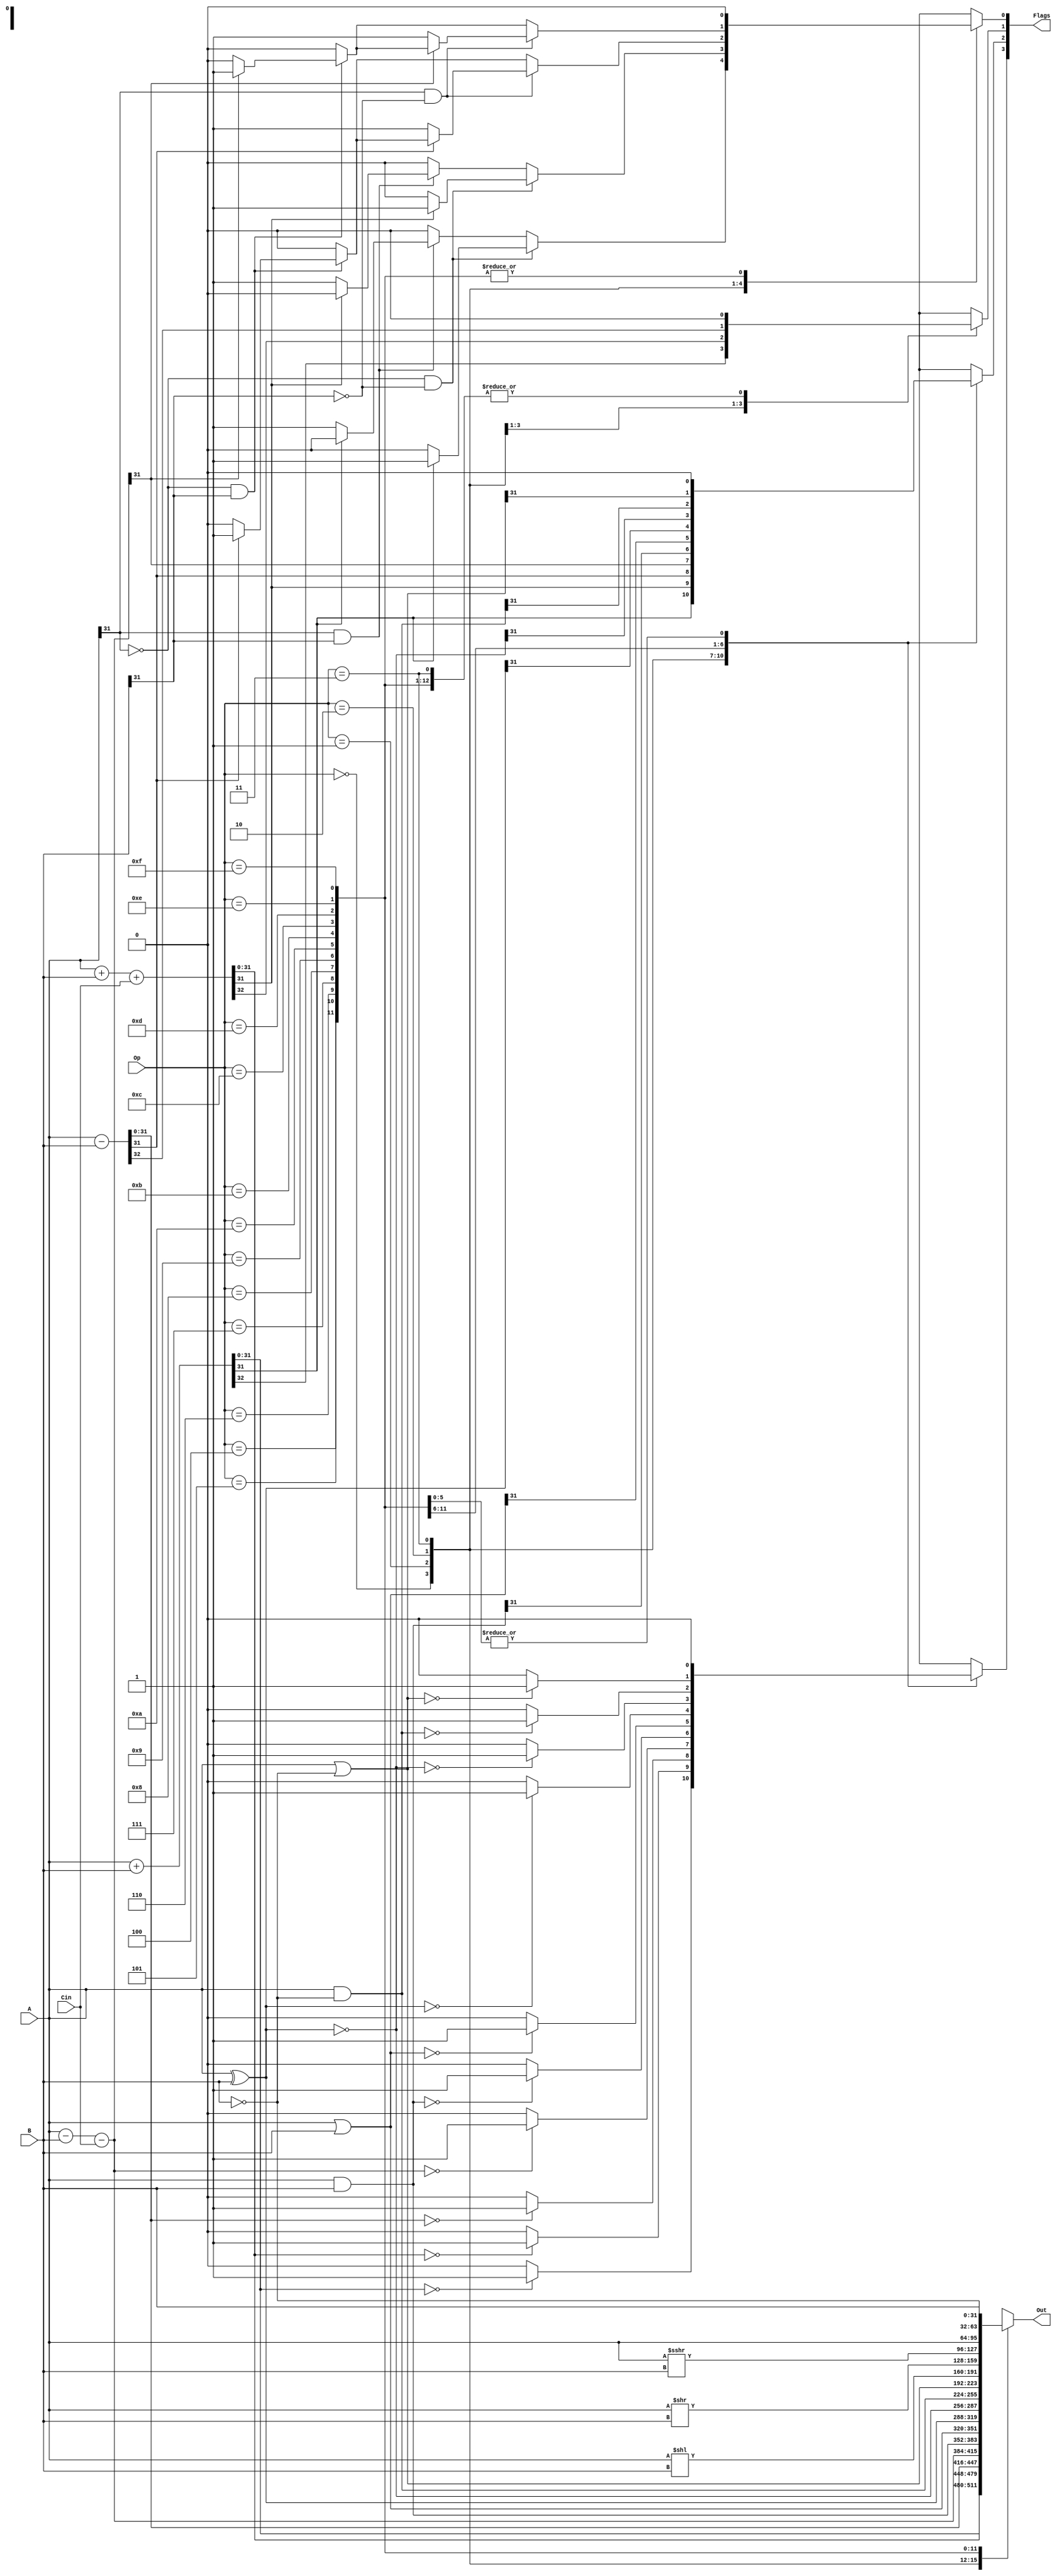
`timescale 1ns/1ns

// ALU Module
module ALU (output reg signed[31:0] Out, output reg[3:0] Flags, input[3:0] Op, input signed[31:0]A, B, input Cin);

    reg Carry;

    always @(Op, A, B, Cin)
    begin
        case(Op)

            4'd0:
            begin
                {Carry, Out} = A + B; 
                Flags[3] = (Out == 32'd0)? 1 : 0;
                Flags[2] = Out[31];
                Flags[1] = Carry;
                Flags[0] = 0;

                if (A[31] == 0 && B[31] == 0) 
                begin
                    if (Flags[2]) Flags[0] = 1;
                end

                else if (A[31] == 1 && B[31] == 1) 
                begin
                    if (!Flags[2]) Flags[0] = 1;
                end
            end

            4'd1:
            begin
                {Carry, Out} = A + B + Cin;
                Flags[3] = (Out == 32'd0)? 1 : 0;
                Flags[2] = Out[31];
                Flags[1] = Carry;
                Flags[0] = 0;

                if (A[31] == 0 && B[31] == 0) 
                begin
                    if (Flags[2]) Flags[0] = 1;
                end

                else if (A[31] == 1 && B[31] == 1) 
                begin
                    if (!Flags[2]) Flags[0] = 1;
                end
            end

            4'd2:
            begin
                {Carry, Out} = A - B; 
                Flags[3] = (Out == 32'd0)? 1 : 0;
                Flags[2] = Out[31];
                Flags[1] = Carry;
                Flags[0] = 0;

                if (A[31] == 0 && B[31] == 1)
                begin
                    if (Flags[2]) Flags[0] = 1;
                end

                if (A[31] == 1 && B[31] == 0)
                begin
                    if (!Flags[2]) Flags[0] = 1;
                end
            end
        
            4'd3:
            begin
                Out = A - B - Cin;
                Flags[3] = (Out == 32'd0)? 1 : 0;
                Flags[2] = Out[31];
                {Flags[1], Flags[0]} = 2'b00;

                if (A[31] == 0 && B[31] == 1)
                begin
                    if (Flags[2]) Flags[0] = 1;
                end

                if (A[31] == 1 && B[31] == 0)
                begin
                    if (!Flags[2]) Flags[0] = 1;
                end
            end

            4'd4: 
            begin
                Out = A & B;
                Flags[3] = (Out == 32'd0)? 1 : 0;
                Flags[2] = Out[31];
                {Flags[1], Flags[0]} = 2'd0;
            end

            4'd5:
            begin
                Out = A | B;
                Flags[3] = (Out == 32'd0)? 1 : 0;
                Flags[2] = Out[31];
                {Flags[1], Flags[0]} = 2'd0;
            end

            4'd6:
            begin
                Out = A ^ B;
                Flags[3] = (Out == 32'd0)? 1 : 0;
                Flags[2] = Out[31];
                {Flags[1], Flags[0]} = 2'd0;
            end

            4'd7:
            begin
                Out = ~(A ^ B);
                Flags[3] = (Out == 32'd0)? 1 : 0;
                Flags[2] = Out[31];
                {Flags[1], Flags[0]} = 2'd0;
            end

            4'd8:
            begin
                Out = A & ~B;
                Flags[3] = (Out == 32'd0)? 1 : 0;
                Flags[2] = Out[31];
                {Flags[1], Flags[0]} = 2'd0;
            end

            4'd9:
            begin
                Out = A | ~B;
                Flags[3] = (Out == 32'd0)? 1 : 0;
                Flags[2] = Out[31];
                {Flags[1], Flags[0]} = 2'd0;
            end

            4'd10: 
            begin
                Out = A << B;
                Flags = 4'd0;
            end

            4'd11: 
            begin
                Out = A >> B;
                Flags = 4'd0;
            end

            4'd12: 
            begin
                Out = $signed(A) >>> B;
                Flags = 4'd0;
            end

            4'd13: 
            begin
                Out = A;
                Flags = 4'd0;
            end

            4'd14: 
            begin
                Out = B;
                Flags = 4'd0;
            end

            4'd15:
            begin
                Out = ~B;
                Flags = 4'd0;
            end

        endcase
    end

endmodule

// ALU Test Bench
module ALU_tb;

    reg signed[31:0] A, B;
    reg[3:0] Op;
    reg Cin;

    wire signed[31:0] Out;
    wire[3:0] Flags;

    ALU uut(Out, Flags, Op, A, B, Cin);

    initial begin
        //$display("\n Arithmetic Logic Unit (ALU):\n\n Op\tA\t\t\t\t  (Decimal)    B\t\t\t\t  (Decimal)  Cin  Out\t\t\t\t    (Decimal)    Z N C V");
        $monitor(" %b | %b %d | %b %d | %b | %b %d | %b %b %b %b ", Op, A, A, B, B, Cin, Out, Out, Flags[3], Flags[2], Flags[1], Flags[0]);

        //A + B
        Op = 4'd0; A = 32'hF0000000; B = 32'h08765254; Cin = 0; #20;
        Op = 4'd0; A = 32'h77315843; B = 32'h31539734; Cin = 0; #20;
        $display();

        //A + B + Cin
        Op = 4'd1; A = 32'h70000001; B = 32'h74543585; Cin = 0; #20;
        Op = 4'd1; A = -32'h70000001; B = -32'h0FFFFFFF; Cin = 1; #20;
        $display();

        //A - B
        Op = 4'd2; A = -32'h70000001; B = 32'h0FFFFFFF; Cin = 0; #20;
        Op = 4'd2; A = -32'h70000001; B = 32'h76843217; Cin = 0; #20;
        $display();

        //A - B - Cin
        Op = 4'd3; A = 32'h0ABC8673; B = -32'h7FFFFFFF; Cin = 1; #20;
        Op = 4'd3; A = -32'h7FFFFFFF; B = -32'h7FFFFFFF; Cin = 0; #20;
        $display();

        //A & B
        Op = 4'd4; A = -32'h0FFFFFFF; B = 32'h70000000; Cin = 0; #20;
        $display();

        //A | B
        Op = 4'd5; A = -32'h0FFFFFFF; B = 32'h0FFF0FFF; Cin = 0; #20;
        $display();

        //A ^ B
        Op = 4'd6; A = 32'h0FFFFFFF; B = 32'h40005001; Cin = 0; #20;
        $display();

        //~(A ^ B)
        Op = 4'd7; A = 32'h0FFFFFFF; B = 32'h40005001; Cin = 0; #20;
        $display();

        //A & ~B
        Op = 4'd8; A = 32'h08321FFF; B = 32'h08321FFF; Cin = 0; #20;
        $display();

        //A | ~B
        Op = 4'd9; A = -32'h0FFFFFFF; B = 32'h700A0001; Cin = 0; #20;
        $display();

        //A << B
        Op = 4'd10; A = -32'h0FFFFFFF; B = 32'h00000003; Cin = 0; #20;
        $display();

        //A >> B
        Op = 4'd11; A = -32'h7000000F; B = 32'h00000003; Cin = 0; #20;
        $display();

        //A >>> B
        Op = 4'd12; A = -32'h7000000F; B = 32'h00000003; Cin = 0; #20;
        $display();

        //A
        Op = 4'd13; A = -32'h7000000F; B = 32'h00000003; Cin = 0; #20;
        $display();

        //B
        Op = 4'd14; A = -32'h7000000F; B = 32'h02180003; Cin = 0; #20;
        $display();

        //~B
        Op = 4'd15; A = -32'h7000000F; B = 32'h02180003; Cin = 0; #20;
        $display();
    end

endmodule

// Source Operand2 Handler Module
module Source_Operand2_Handler(output reg[31:0] N, input[3:0] I, input[31:0] R, input[21:0] Imm, input bit23);

    reg[31:0] intermediate;

    always @(R, Imm, I)
    begin
        if (I < 4'd4)
        begin
            N = {Imm, 10'h0};
        end

        if (I >= 4'd4 && I < 4'd8)
        begin
            N = (Imm[21])? {10'h3FF, Imm} : {10'h0, Imm};
        end

        if (I == 4'd8 || I == 4'd12 || I == 4'd14) N = R;

        if (I == 4'd9 || I == 4'd13 || I == 4'd15)
        begin
            intermediate = {10'h0, Imm};
            N = intermediate | 32'hFFFFE000;
            if (!Imm[12]) N = N + 32'h00002000;
        end
        
        case (I)
            4'd10:
            begin
                if(bit23 == 1'b1)begin
                    if(I[0] == 1'b0) N = R; //Is = Bit13
                    else N = {{19{Imm[12]}}, Imm[12:0]};
                end
                else N = {{27{1'b0}}, R[4:0]};
            end
            //N = (R | 32'hFFFFFFE0) + 32'h20;

            4'd11: 
            begin
                intermediate = {10'h0, Imm};
                N = (intermediate | 32'hFFFFFFE0) + 32'h20;
            end
        endcase
    end

endmodule

// Source Operand2 Handler Test Bench
// module Source_Operand_Handler_tb;

//     reg[31:0] R;
//     reg[21:0] Imm;
//     reg[3:0] I;

//     wire[31:0] N;

//     Source_Operand2_Handler uut(N, I, R, Imm);

//     initial
//     begin
//         #500;

//         $display("\n Source Operand2 Handler:\n\n Part 1: Imm = 1000110001000100010011\n I\tR\t\t\t\t   Imm\t\t\t    N ");
//         $monitor(" %b | %b | %b | %b ", I, R, Imm, N);
        
//         // Part 1: Imm = 1000110001000100010011
//         // 0000 <= I <= 0011: Imm || 0b0000000000
//         I = 4'd0; R = 32'hE0000003; Imm = 22'h231113; #20;
//         $display();

//         I = 4'd1; R = 32'hE0000003; Imm = 22'h231113; #20;
//         $display();

//         I = 4'd2; R = 32'hE0000003; Imm = 22'h231113; #20;
//         $display();

//         I = 4'd3; R = 32'hE0000003; Imm = 22'h231113; #20;
//         $display();

//         // 0100 <= I <= 0111: Imm (Sign Extended)
//         I = 4'd4; R = 32'hE0000003; Imm = 22'h231113; #20;
//         $display();

//         I = 4'd5; R = 32'hE0000003; Imm = 22'h231113; #20;
//         $display();

//         I = 4'd6; R = 32'hE0000003; Imm = 22'h231113; #20;
//         $display();

//         I = 4'd7; R = 32'hE0000003; Imm = 22'h231113; #20;
//         $display();

//         // R
//         I = 4'd8; R = 32'hE0000003; Imm = 22'h231113; #20;
//         $display();

//         // Imm(12-0) (sign extended)
//         I = 4'd9; R = 32'hE0000003; Imm = 22'h231113; #20;
//         $display();

//         // 0b0000000 ||R(4-0)
//         I = 4'd10; R = 32'hE0000003; Imm = 22'h231113; #20;
//         $display();

//         // 0b0000000 ||Imm(4-0)
//         I = 4'd11; R = 32'hE0000003; Imm = 22'h231113; #20;
//         $display();

//         // R
//         I = 4'd12; R = 32'hE0000003; Imm = 22'h231113; #20;
//         $display();

//         // Imm(12-0) (sign extended)
//         I = 4'd13; R = 32'hE0000003; Imm = 22'h231113; #20;
//         $display();

//         // R
//         I = 4'd14; R = 32'hE0000003; Imm = 22'h231113; #20;
//         $display();

//         // Imm(12-0) (sign extended)
//         I = 4'd15; R = 32'hE0000003; Imm = 22'h231113; #20;
//         $display();

//         // Part 2: Imm = 1000110000000100010011 
//         $display("\n Part 2: Imm = 1000110000000100010011\n I\tR\t\t\t\t   Imm\t\t\t    N ");
//         // R
//         I = 4'd8; R = 32'hE0000003; Imm = 22'h230113; #20;
//         $display();

//         // Imm(12-0) (sign extended)
//         I = 4'd9; R = 32'hE0000003; Imm = 22'h230113; #20;
//         $display();

//         // 0b0000000 ||R(4-0)
//         I = 4'd10; R = 32'hE0000003; Imm = 22'h230113; #20;
//         $display();

//         // 0b0000000 ||Imm(4-0)
//         I = 4'd11; R = 32'hE0000003; Imm = 22'h230113; #20;
//         $display();

//         // R
//         I = 4'd12; R = 32'hE0000003; Imm = 22'h230113; #20;
//         $display();

//         // Imm(12-0) (sign extended)
//         I = 4'd13; R = 32'hE0000003; Imm = 22'h230113; #20;
//         $display();

//         // R
//         I = 4'd14; R = 32'hE0000003; Imm = 22'h230113; #20;
//         $display();

//         // Imm(12-0) (sign extended)
//         I = 4'd15; R = 32'hE0000003; Imm = 22'h230113; #20;

//     end

// endmodule